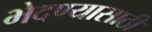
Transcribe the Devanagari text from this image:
भेदण्यासाठी